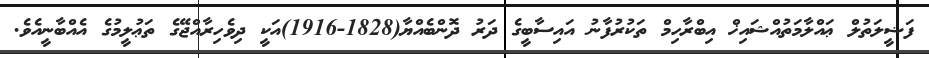
ފަޟީލަތުލް ޢައްލާމަތުއްޝައިޚް އިބްރާހިމް ތަކުރުފާނު އައިސާބީގެ ދަރު ދޮންބެއްޔާ(1828-1916)އަކީ ދިވެހިރާއްޖޭގެ ތަޢުލީމުގެ އެއްބާނީއެވެ.